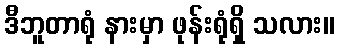
ဒီဘူတာရုံ နားမှာ ဖုန်းရုံရှိ သလား။